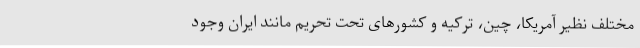
مختلف نظیر آمریکا، چین، ترکیه و کشورهای تحت تحریم مانند ایران وجود